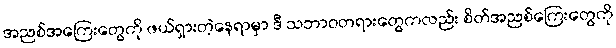
အညစ်အကြေးတွေကို ဖယ်ရှားတဲ့နေရာမှာ ဒီ သဘာဝတရားတွေကလည်း စိတ်အညစ်ကြေးတွေကို